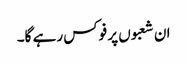
ان شعبوں پر فوکس رہے گا۔